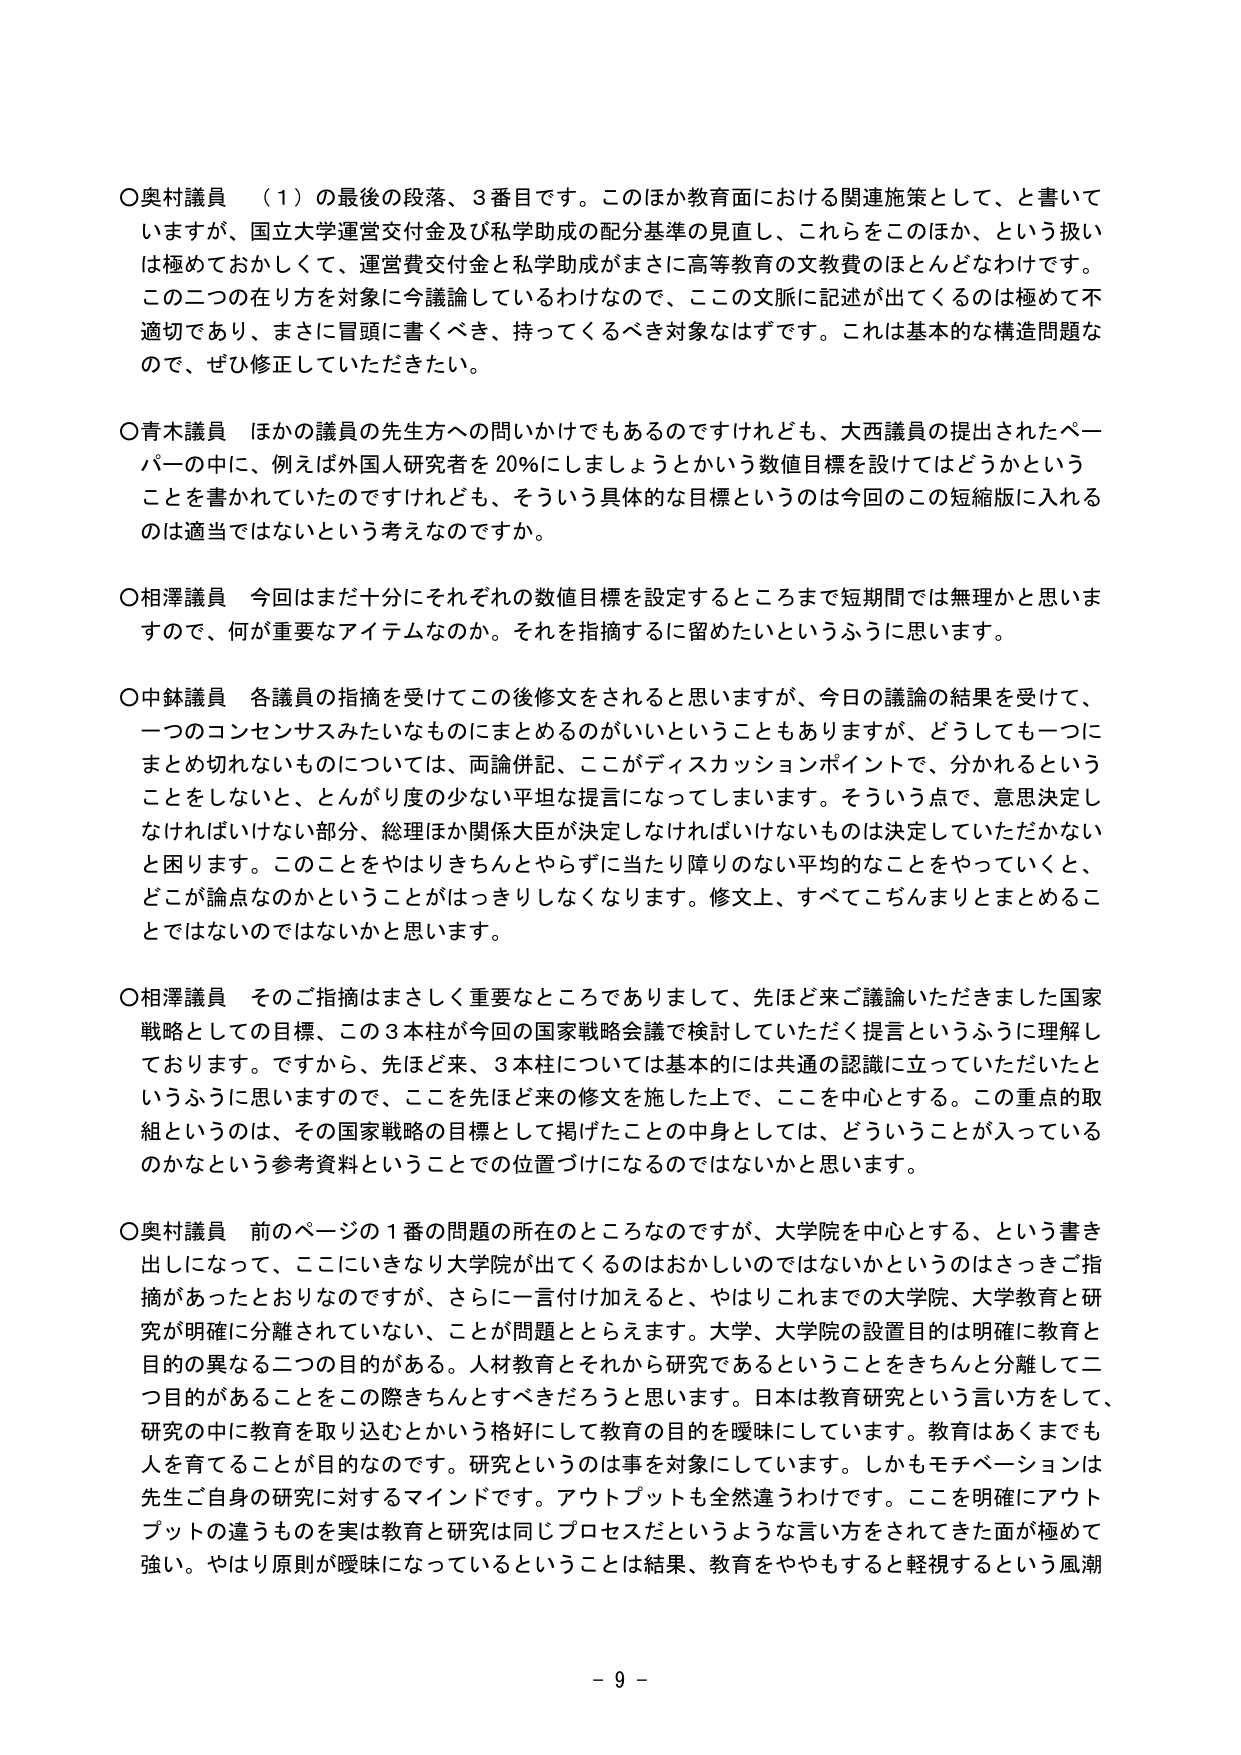
○奥村議員 （１）の最後の段落、３番目です。このほか教育面における関連施策として、と書いていますが、国立大学運営交付金及び私学助成の配分基準の見直し、これらをこのほか、という扱いは極めておかしくて、運営費交付金と私学助成がまさに高等教育の文教費のほとんどなわけです。この二つの在り方を対象に今議論しているわけなので、ここの文脈に記述が出てくるのは極めて不適切であり、まさに冒頭に書くべき、持ってくるべき対象なはずです。これは基本的な構造問題なので、ぜひ修正していただきたい。

○青木議員 ほかの議員の先生方への問いかけでもあるのですけれども、大西議員の提出されたペーパーの中に、例えば外国人研究者を20％にしましょうとかいう数値目標を設けてはどうかということを書かれていたのですけれども、そういう具体的な目標というのは今回のこの短縮版に入れるのは適当ではないという考えなのですか。

○相澤議員 今回はまだ十分にそれぞれの数値目標を設定するところまで短期間では無理かと思いますので、何が重要なアイテムなのか。それを指摘するに留めたいというふうに思います。

○中鉢議員 各議員の指摘を受けてこの後修文をされると思いますが、今日の議論の結果を受けて、一つのコンセンサスみたいなものにまとめるのがいいということもありますか、どうしても一つにまとめ切れないものについては、両論併記、ここがディスカッションポイントで、分かれるということをしないと、とんがり度の少ない平坦な提言になってしまいます。そういう点で、意思決定しなければいけない部分、総理ほか関係大臣が決定しなければいけないものは決定していただかないと困ります。このことをやはりきちんとやらずに当たり障りのない平均的なことをやっていくと、どこが論点なのかということがはっきりしなくなります。修文上、すべてごだんまりとまとめるこ とではないのではないかと思います。

○相澤議員 そのご指摘はまさしく重要なところでありまして、先ほど来ご議論いただきました国家戦略としての目標、この３本柱が今回の国家戦略会議で検討していただく提言というふうに理解しております。ですから、先ほど来、３本柱については基本的には共通の認識に立っていただいたというふうに思いますので、ここを先ほど来の修文を施した上で、ここを中心とする。この重点的取組というのは、その国家戦略の目標として掲げたことの中身としては、どういうことが入っているのかなという参考資料ということで位置づけになるのではないかと思います。

○奥村議員 前のページの１番の問題の所在のところなのですが、大学院を中心とする、という書き出しになって、ここにいきなり大学院が出てくるのはおかしいのではないかというのはさっきご指摘があったとおりなのですが、さらに一言付け加えると、やはりこれまでの大学院、大学教育と研究が明確に分離されていない、ことが問題ととらえます。大学、大学院の設置目的は明確に教育と目的の異なる二つの目的がある。人材教育とそれから研究であるということをきちんと分離して二つ目的があることをこの際きちんとすべきだろうと思います。日本は教育研究という言い方をして、研究の中に教育を取り込むとかいう格好にして教育の目的を曖昧にしています。教育はあくまでも人を育てることが目的なのです。研究というのは事を対象にしています。しかもモチベーションは先生ご自身の研究に対するマインドです。アウトプットも全然違うわけです。ここを明確にアウトプットの違うもの実は教育と研究は同じプロセスだというような言い方をされてきた面が極めて強い。やはり原則が曖昧になっているということは結果、教育をややもすると軽視するという風潮

- 9 -